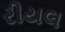
રીયલ